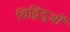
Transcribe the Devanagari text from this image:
चिद्विंदुओं